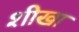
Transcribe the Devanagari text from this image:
शीखा